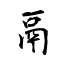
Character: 鬲